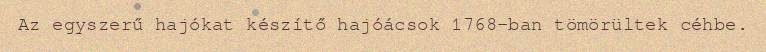
Az egyszerű hajókat készítő hajóácsok 1768-ban tömörültek céhbe.